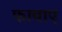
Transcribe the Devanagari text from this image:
फावाए